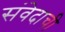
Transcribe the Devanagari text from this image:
संवेदाची